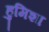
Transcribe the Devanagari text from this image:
हुमिशा